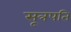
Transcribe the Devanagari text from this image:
सूत्रपति